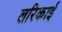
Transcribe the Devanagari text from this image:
लरिकाई